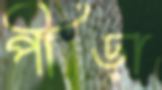
পীড়া